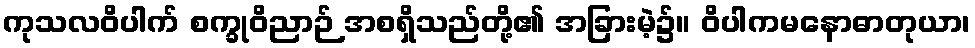
ကုသလဝိပါက် စက္ခုဝိညာဉ် အစရှိသည်တို့၏ အခြားမဲ့၌။ ဝိပါကမနောဓာတုယာ၊